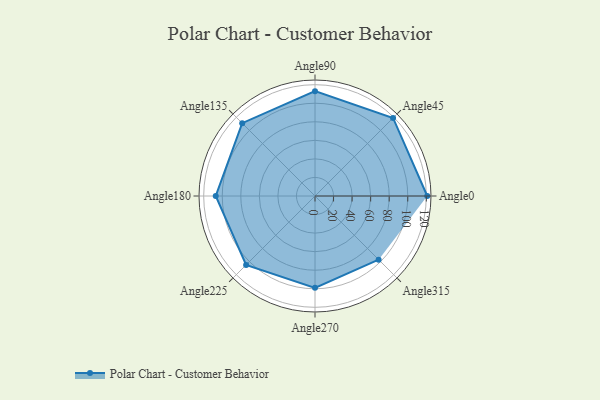
{"axis": {"x": "Angle", "y": "Radius"}, "legend": [""], "data": [{"x": "Angle0", "y": 121.0, "type": ""}, {"x": "Angle45", "y": 119.0, "type": ""}, {"x": "Angle90", "y": 113.0, "type": ""}, {"x": "Angle135", "y": 111.0, "type": ""}, {"x": "Angle180", "y": 107.0, "type": ""}, {"x": "Angle225", "y": 105.0, "type": ""}, {"x": "Angle270", "y": 99.0, "type": ""}, {"x": "Angle315", "y": 97.0, "type": ""}]}